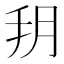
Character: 𦙚